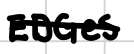
Text: EDGeS
Cross-out: mix
Writing tool: digital_black